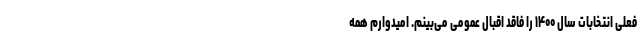
فعلی انتخابات سال ۱۴۰۰ را فاقد اقبال عمومی می‌بینم. امیدوارم همه